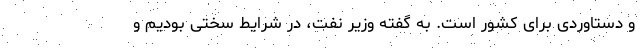
و دستاوردی برای کشور است. به گفته وزیر نفت، در شرایط سختی بودیم و